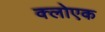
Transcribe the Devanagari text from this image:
क्लोएक